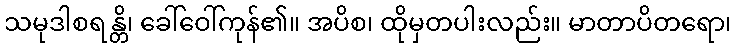
သမုဒါစရန္တိ၊ ခေါ်ဝေါ်ကုန်၏။ အပိစ၊ ထိုမှတပါးလည်း။ မာတာပိတရော၊